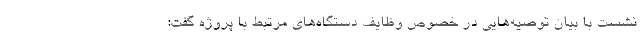
نشست با بیان توصیه‌هایی در خصوص وظایف دستگاه‌های مرتبط با پروژه گفت: